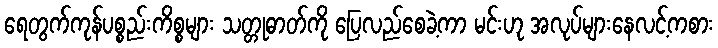
ရေတွက်ကုန်ပစ္စည်းကိစ္စများ သတ္တုဓာတ်ကို ပြေလည်စေခဲ့ကာ မင်းဟု အလုပ်များနေလင့်ကစား